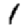
Digit: 1